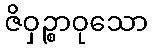
ဇိဝှဉ္စာဝုသော